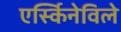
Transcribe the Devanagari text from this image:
एर्स्किनेविले